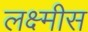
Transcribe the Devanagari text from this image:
लक्ष्मीस